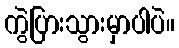
ကွဲပြားသွားမှာပါပဲ။